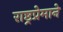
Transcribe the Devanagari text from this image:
राष्ट्रप्रेमाने